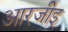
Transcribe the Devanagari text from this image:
आरजीइ